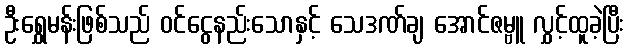
ဦးရွှေမန်းဖြစ်သည် ဝင်ငွေနည်းသောနှင့် သေဒဏ်ချ အောင်ဇမ္ဗူ လွှင့်ထူခဲ့ပြီး